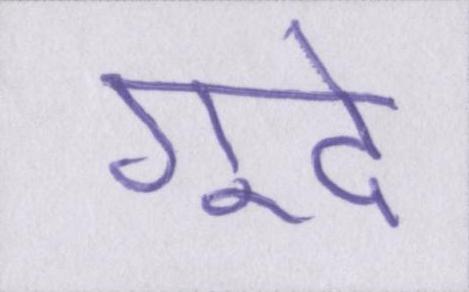
गूदे